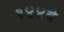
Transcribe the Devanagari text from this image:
१४४वे